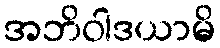
အဘိဝါဒယာမိ